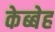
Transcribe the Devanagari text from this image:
केब्बेह